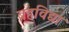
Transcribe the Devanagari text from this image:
ब्रहविद्या